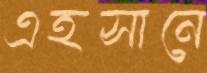
এহসানে